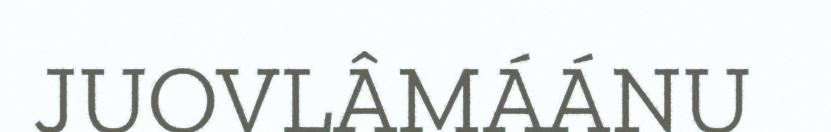
JUOVLÂMÁÁNU